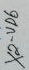
Text: X2-VD6